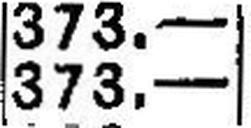
373.—